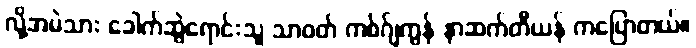
လို့အမဲသား ခေါက်ဆွဲရောင်းသူ သာဝတ် ကစ်ဂ်ျကွန် နာဆက်တီယန် ကပြောတယ်။